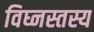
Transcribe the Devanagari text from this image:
विघ्नस्तस्य